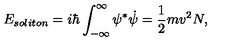
E _ { s o l i t o n } = i \hbar \int _ { - \infty } ^ { \infty } \psi ^ { * } \dot { \psi } = \frac { 1 } { 2 } m v ^ { 2 } N ,